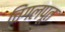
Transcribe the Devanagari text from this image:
चिंगलपूत